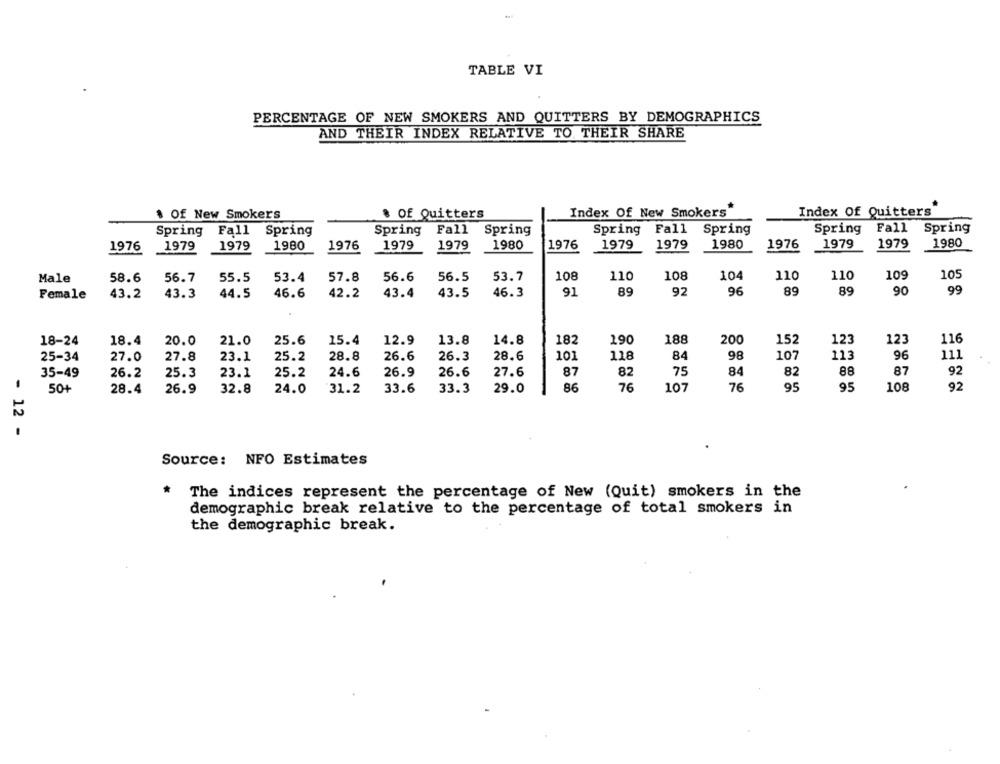
TABLE VI
PERCENTAGE OF NEW SMOKERS AND QUITTERS BY DEMOGRAPHICS
AND THEIR INDEX RELATIVE TO THEIR SHARE
$ Of New Smokers
& Of Quitters
Index Of New Smokers
Index Of Quitters
Fall
Spring
Fall Spring
Spring Fall Spring
Spring
Spring
Spring
Fall
Spring
1979
1979
1979
1980
1976
1979
1979
1980
1976
1979
1979
1980
1976
1979
1980
1976
108
110
108
104
110
110
109
105
Male
58.6
56.7
55.5
53.4
57.8
56.6
56.5
53.7
89
90
99
Female
43.2
43.3
44.5
46.6
42.2
43.4
43.5
46.3
91
89
92
96
89
18-24
18.4
20.0
21.0
25.6
15.4
12.9
13.8
14.8
182
190
188
200
152
123
123
116
25-34
27.0
27.8
23.1
25.2
28.8
26.6
26.3
28.6
10]
118
84
98
107
113
96
111
35-49
26.2
25.3
23.1
25.2
24.6
26.9
26.6
27.6
87
82
75
84
82
88
87
92
50+
28.4
26.9
32.8
24.0
31.2
33.6
33.3
29.0
86
76
107
76
95
95
108
92
- 12 -
Source: NFO Estimates
The indices represent the percentage of New (Quit) smokers in the
demographic break relative to the percentage of total smokers in
the demographic break.